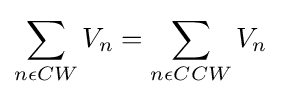
\,\!\sum _{n\epsilon CW}V_{n}=\sum _{n\epsilon CCW}V_{n}